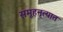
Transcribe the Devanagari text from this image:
समूहनृत्यात